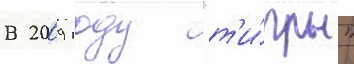
В 2009 году "т'и́гры"